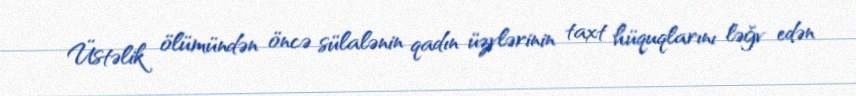
Üstəlik ölümündən öncə sülalənin qadın üzvlərinin taxt hüquqlarını ləğv edən